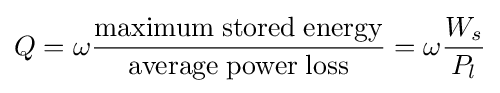
Q=\omega {\frac {\rm {maximum\;stored\;energy}}{\rm {average\;power\;loss}}}=\omega {\frac {W_{s}}{P_{l}}}